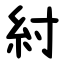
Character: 紂